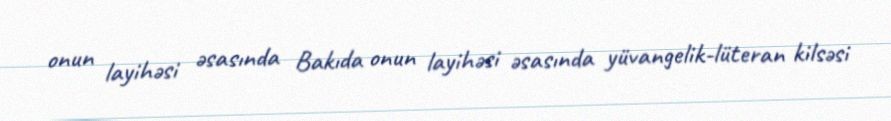
onun layihəsi əsasında Bakıda onun layihəsi əsasında yüvangelik-lüteran kilsəsi